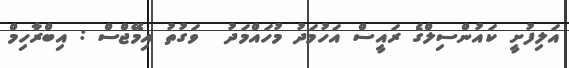
އަލިފުށީ ކައުންސިލްގެ ރައީސް އަހުމަދު މުހައްމަދު  ވަގުތު އިމޭޖްސް : އިބްރާހިމް